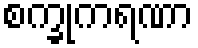
စက္ခုကရဏာ